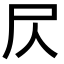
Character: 𡰦